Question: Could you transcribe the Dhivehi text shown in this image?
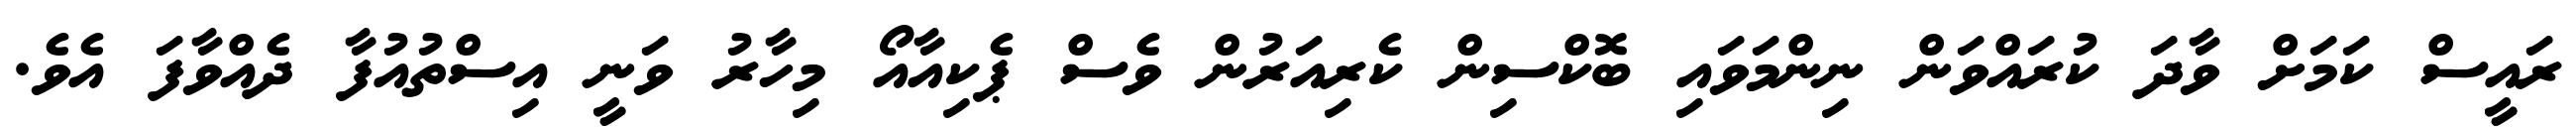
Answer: ރައީސް ކަމަށް ވާދަ ކުރައްވަން ނިންމަވައި ބޮކްސިން ކެރިއަރުން ވެސް ޕެކިއާއޯ މިހާރު ވަނީ އިސްތުއުފާ ދެއްވާފަ އެވެ.